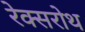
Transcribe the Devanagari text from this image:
रेक्सरोथ